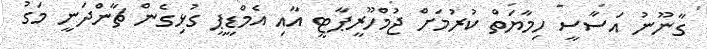
ގާނޫނު އަސާސީ ހިމާޔަތް ކުރުމަށް ޖުމްހޫރީޕާޓީ އާއި އެމްޑީޕީ ގުޅިގެން ޗާންދަނީ މަގު